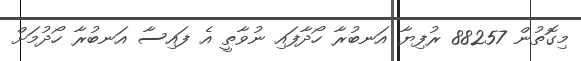
މިގޮތުން 88257 ރުފިޔާ އަނބުރާ ހޯދާފައި ނުވާތީ އެ ފައިސާ އަނބުރާ ހޯދުމަށް